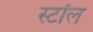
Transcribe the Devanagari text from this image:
स्टॉेल